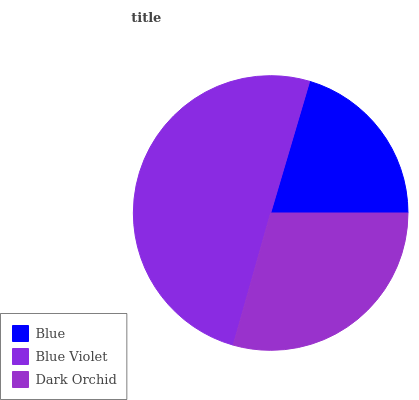
| Blue | Blue Violet | Dark Orchid |
 | --- | --- | --- |
 | 20.4% | 50.2% | 29.5% |